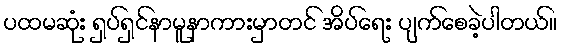
ပထမဆုံး ရှပ်ရှင်နာမူနာကားမှာတင် အိပ်ရေး ပျက်စေခဲ့ပါတယ်။